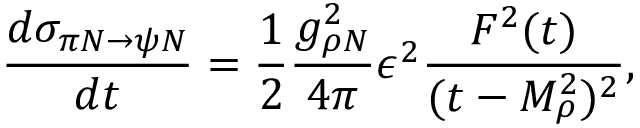
{ \frac { d \sigma _ { \pi N \to \psi N } } { d t } } = { \frac { 1 } { 2 } } { \frac { g _ { \rho N } ^ { 2 } } { 4 \pi } } \epsilon ^ { 2 } { \frac { F ^ { 2 } ( t ) } { ( t - M _ { \rho } ^ { 2 } ) ^ { 2 } } } ,